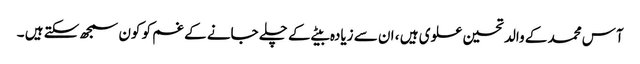
آس محمد کے والد تحسین علوی ہیں ، ان سے زیادہ بیٹے کے چلے جانے کے غم کو کون سمجھ سکتے ہیں ۔